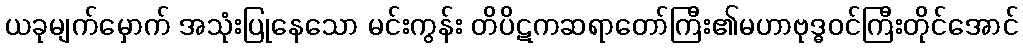
ယခုမျက်မှောက် အသုံးပြုနေသော မင်းကွန်း တိပိဋကဆရာတော်ကြီး၏မဟာဗုဒ္ဓဝင်ကြီးတိုင်အောင်